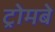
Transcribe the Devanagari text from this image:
ट्रोमबे